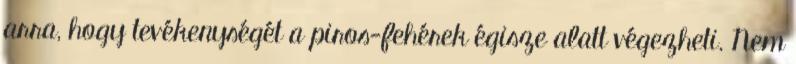
arra, hogy tevékenységét a piros-fehérek égisze alatt végezheti. Nem